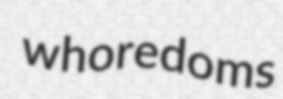
whoredoms